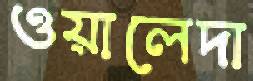
ওয়ালেদা